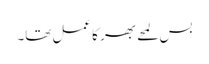
بس لمحے بھر کا عمل تھا۔